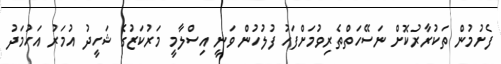
ފެށުމުން ތަކުރާރުކޮށް ނަސޭހަތްތެރިވުމަށްފަހު ފުލުހުން ވަނީ އިސްލާމީ މަރުކަޒުގެ ޝަހީދު އުމަރު އަހުމަދު